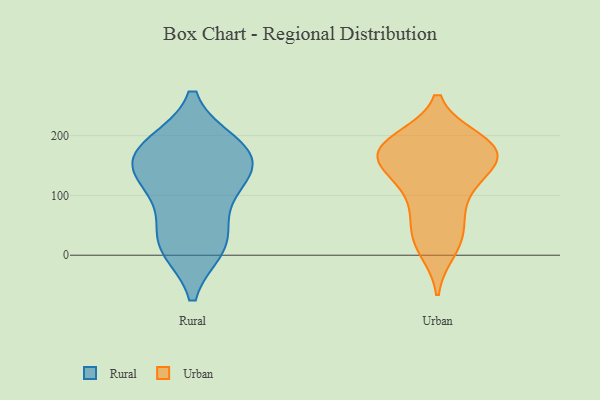
{"axis": {"x": "Energy Usage (MWh)", "y": "Value"}, "legend": ["Rural", "Urban"], "data": [{"x": "", "y": 141, "type": "Rural"}, {"x": "", "y": 30, "type": "Rural"}, {"x": "", "y": 183, "type": "Rural"}, {"x": "", "y": 156, "type": "Rural"}, {"x": "", "y": 15, "type": "Rural"}, {"x": "", "y": 18, "type": "Rural"}, {"x": "", "y": 179, "type": "Rural"}, {"x": "", "y": 173, "type": "Rural"}, {"x": "", "y": 99, "type": "Rural"}, {"x": "", "y": 123, "type": "Rural"}, {"x": "", "y": 157, "type": "Urban"}, {"x": "", "y": 30, "type": "Urban"}, {"x": "", "y": 85, "type": "Urban"}, {"x": "", "y": 67, "type": "Urban"}, {"x": "", "y": 117, "type": "Urban"}, {"x": "", "y": 162, "type": "Urban"}, {"x": "", "y": 144, "type": "Urban"}, {"x": "", "y": 10, "type": "Urban"}, {"x": "", "y": 178, "type": "Urban"}, {"x": "", "y": 176, "type": "Urban"}, {"x": "", "y": 185, "type": "Urban"}, {"x": "", "y": 28, "type": "Urban"}, {"x": "", "y": 134, "type": "Urban"}, {"x": "", "y": 182, "type": "Urban"}, {"x": "", "y": 191, "type": "Urban"}, {"x": "", "y": 179, "type": "Urban"}]}